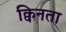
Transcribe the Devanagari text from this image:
क्विनता